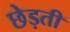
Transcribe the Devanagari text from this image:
छेड़ती